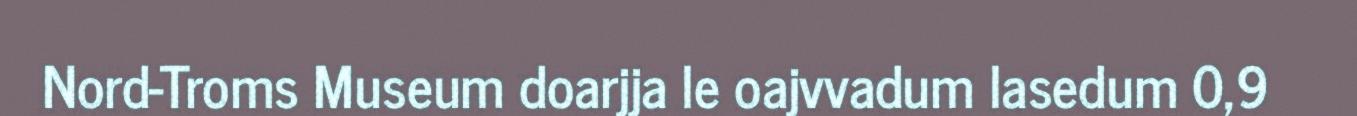
Nord-Troms Museum doarjja le oajvvadum lasedum 0,9